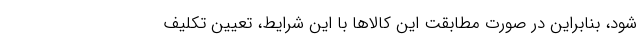
شود، بنابراین در صورت مطابقت این کالاها با این شرایط، تعیین تکلیف